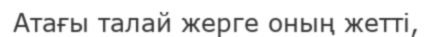
Атағы талай жерге оның жетті,